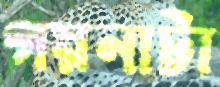
গয়নাটা